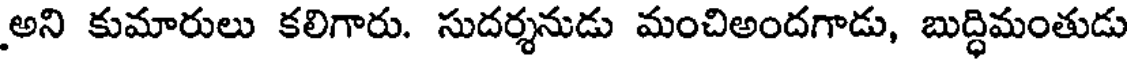
అని కుమారులు కలిగారు. సుదర్శనుడు మంచిఅందగాడు, బుద్ధిమంతుడు